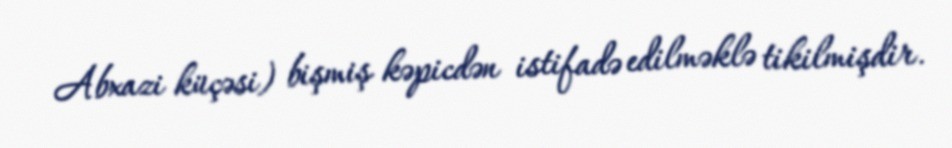
Abxazi küçəsi) bişmiş kəpicdən istifadə edilməklə tikilmişdir.